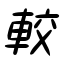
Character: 較